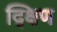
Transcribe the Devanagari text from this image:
द्क्षिण